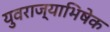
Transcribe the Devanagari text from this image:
युवराज्याभिषेक